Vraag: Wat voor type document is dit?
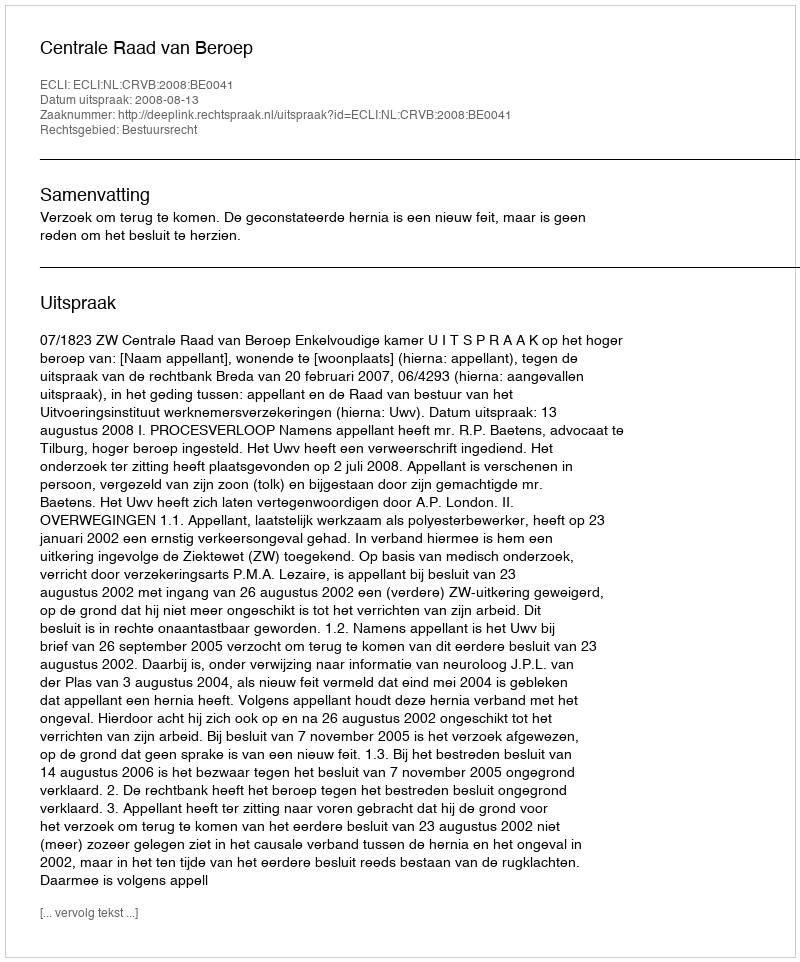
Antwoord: Uitspraak